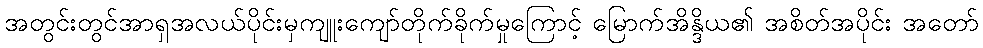
အတွင်းတွင်အာရှအလယ်ပိုင်းမှကျူးကျော်တိုက်ခိုက်မှုကြောင့် မြောက်အိန္ဒိယ၏ အစိတ်အပိုင်း အတော်